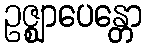
ဥဇ္ဈာပေန္တော